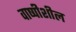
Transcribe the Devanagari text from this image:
वाष्पीशील